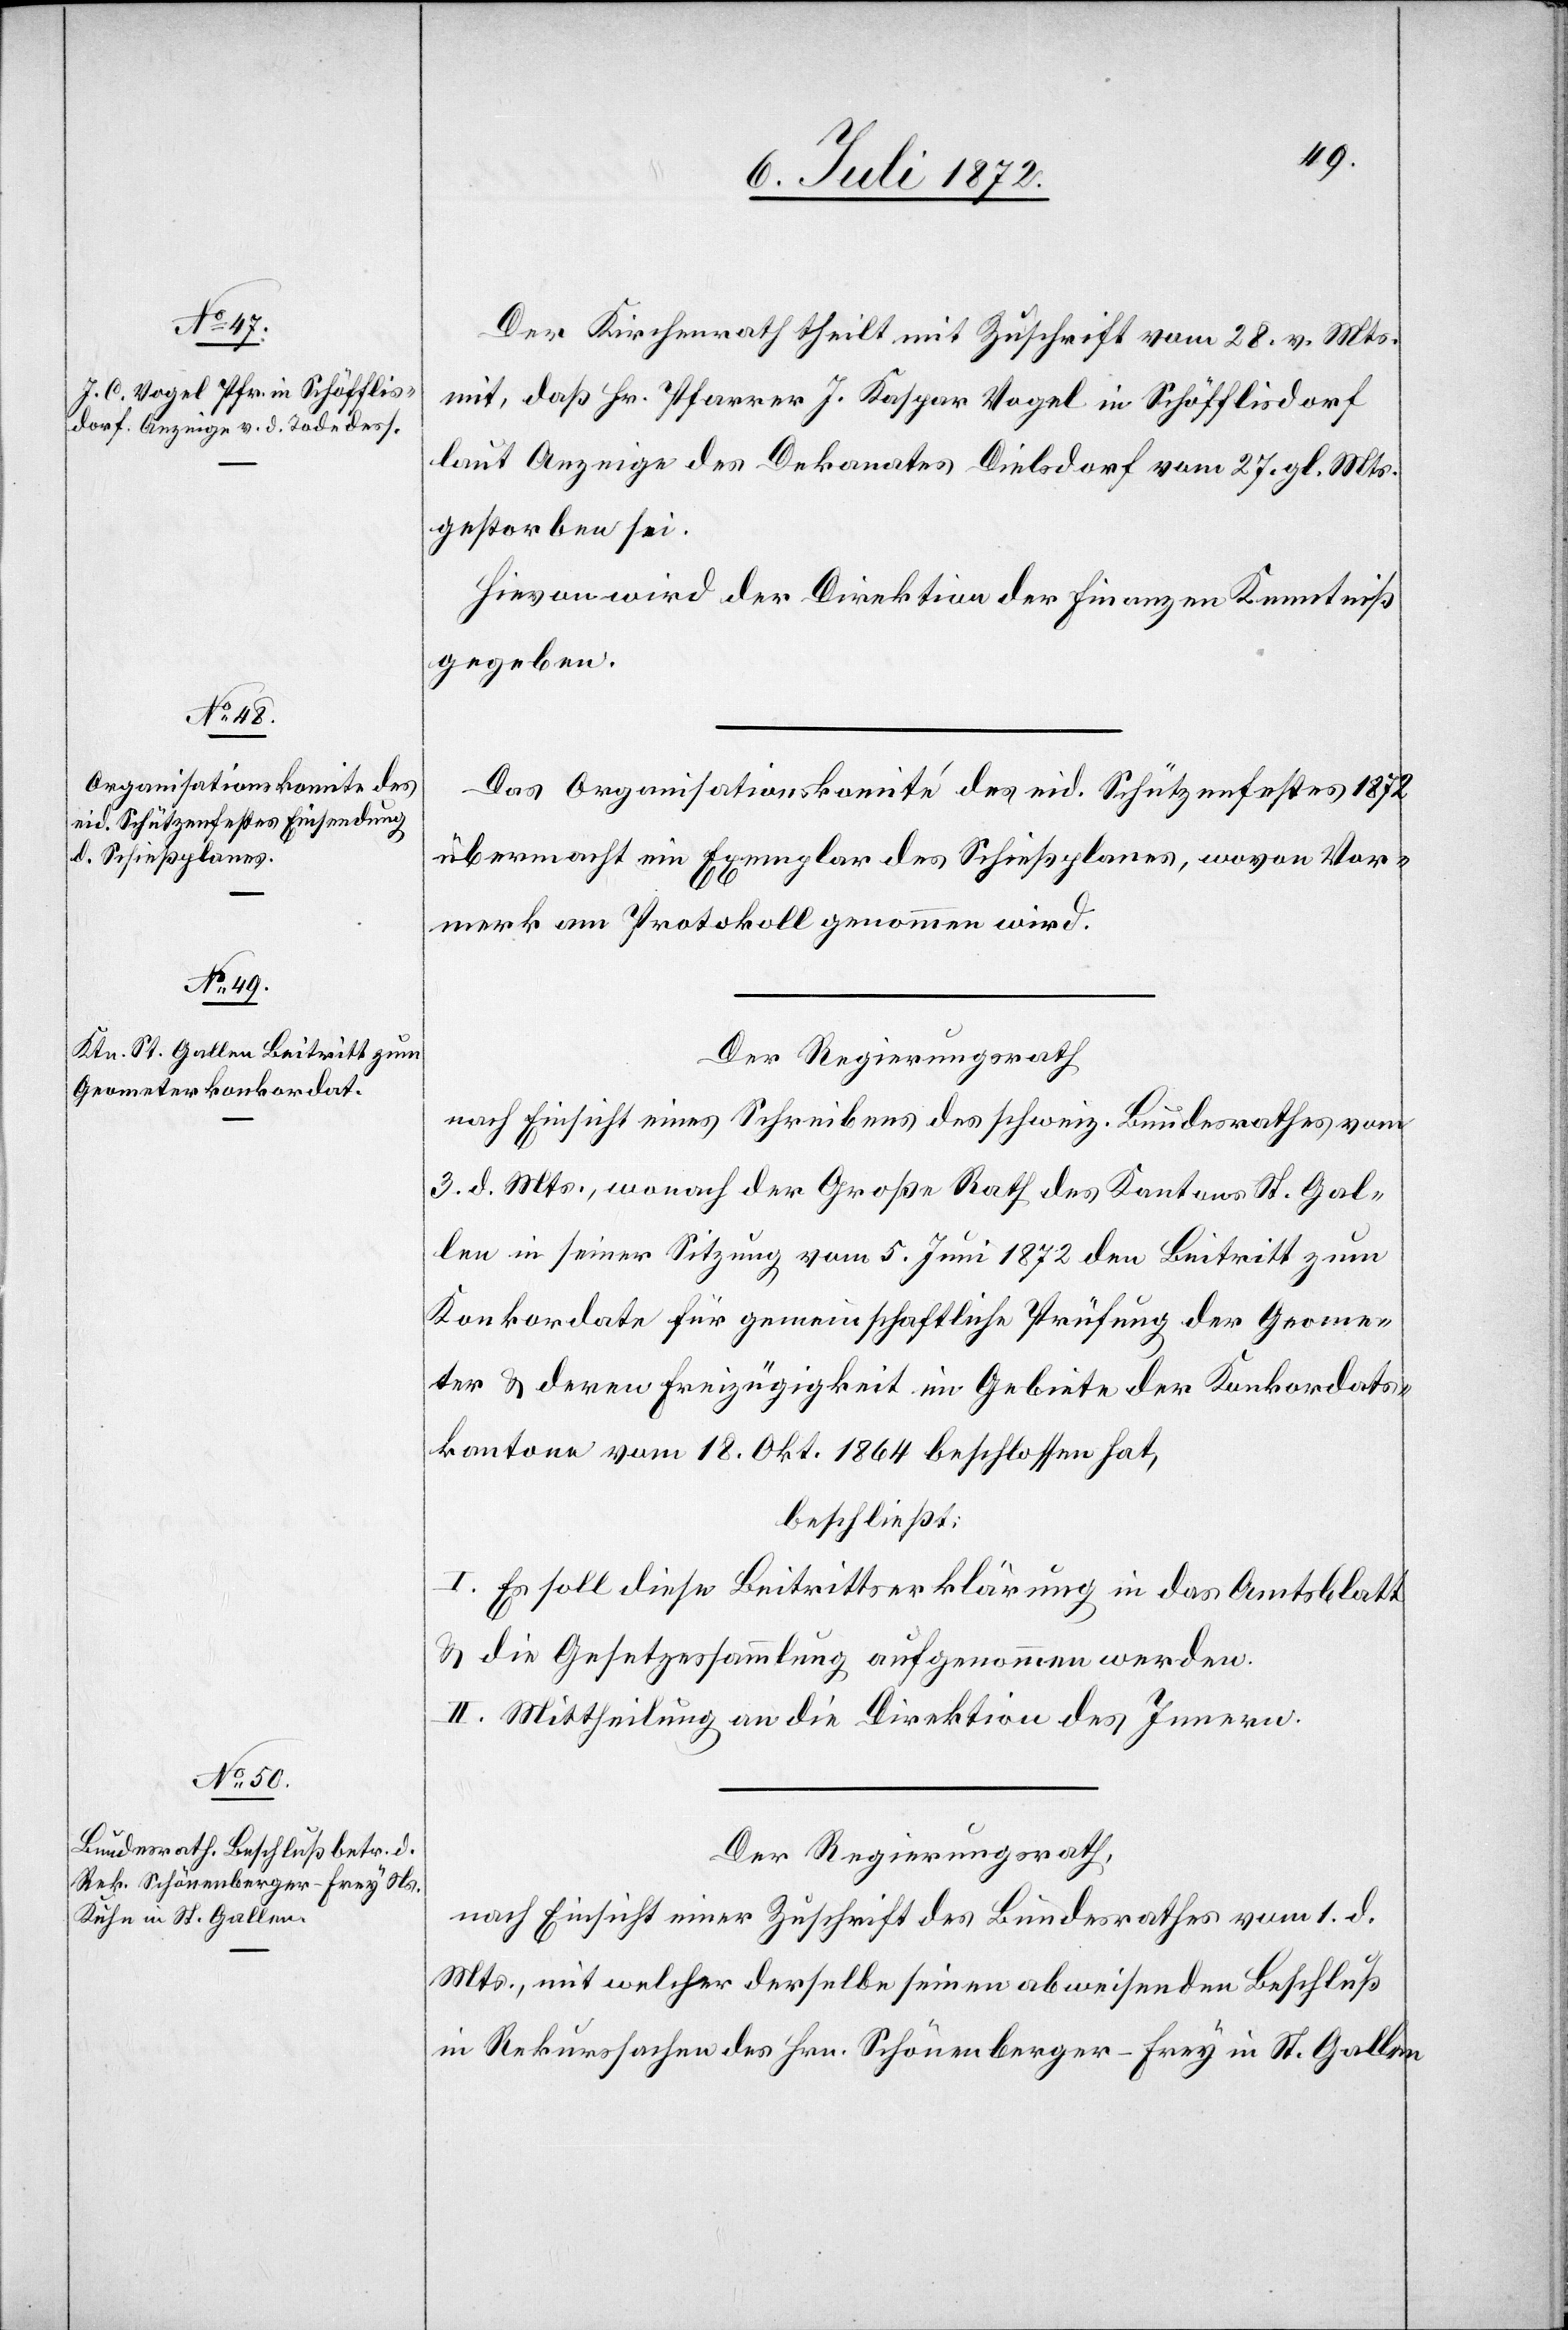
Der Kirchenrath theilt mit Zuschrift vom 28. v. Mts.
mit, daß Hr. Pfarrer J. Kaspar Vogel in Schöflisdorf
laut Anzeige des Dekanates Dielsdorf vom 27. gl. Mts.
gestorben sei.
Hievon wird der Direktion der Finanzen Kenntniß
gegeben.
Das Organisationskomité des eid. Schützenfestes 1872
übermacht ein Exemplar des Schießplanes, wovon Vor¬
merk am Protokoll genommen wird.
Der Regierungsrath
nach Einsicht eines Schreibens des schweiz. Bundesrathes vom
3. d. Mts., wonach der Große Rath des Kantons St. Gal¬
len in seiner Sitzung vom 5. Juni 1872 den Beitritt zum
Konkordate für gemeinschaftliche Prüfung der Geome¬
ter u. deren Freizügigkeit im Gebiete der Konkordats¬
kantone vom 18. Okt. 1864 beschlossen hat,
beschließt:
I. Es soll diese Beitrittserklärung in das Amtsblatt
u. die Gesetzessammlung aufgenommen werden.
II. Mittheilung an die Direktion des Innern.
Der Regierungsrath,
nach Einsicht einer Zuschrift des Bundesrathes vom 1. d.
Mts., mit welcher derselbe seinen abweisenden Beschluß
in Rekurssachen des Hrn. Schönenberger-Frey in St. Gallen